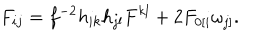
LaTeX: F _ { i j } = f ^ { - 2 } h _ { i k } h _ { j l } F ^ { k l } + 2 F _ { 0 [ i } \omega _ { j ] } .